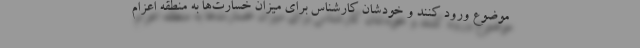
موضوع ورود کنند و خودشان کارشناس برای میزان خسارت‌ها به منطقه اعزام